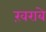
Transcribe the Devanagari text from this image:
ख़राबे